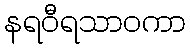
နရဝီရသာဝကာ